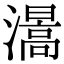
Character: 𤀰